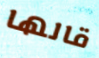
قالها